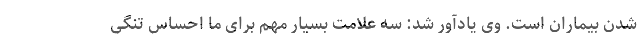
شدن بیماران است. وی یادآور شد: سه علامت بسیار مهم برای ما احساس تنگی